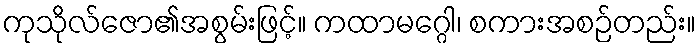
ကုသိုလ်ဇော၏အစွမ်းဖြင့်။ ကထာမဂ္ဂေါ၊ စကားအစဉ်တည်း။